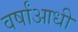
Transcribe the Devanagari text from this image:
वर्षांआधी